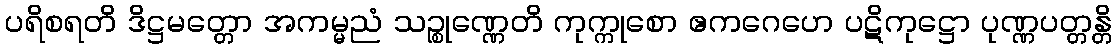
ပရိစရတိ ဒိဋ္ဌမတ္တော အကမ္မညံ သဉ္စုဏ္ဏေတိ ကုက္ကုစော ဧကဂေဟေ ပဋိကုဋ္ဌော ပုဏ္ဏပတ္တန္တိ